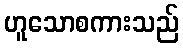
ဟူသောစကားသည်